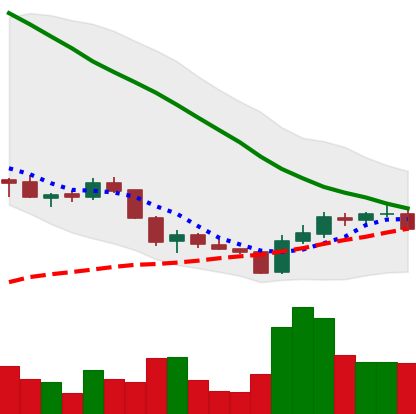
Ticker: ADA-USD
Chart end date: 2018-06-04
Forward return: -5.57%
Label: down_5_7